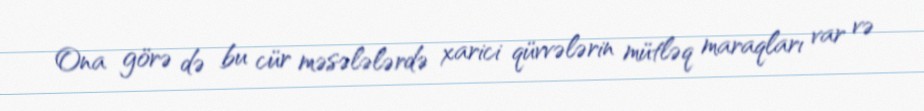
Ona görə də bu cür məsələlərdə xarici qüvvələrin mütləq maraqları var və